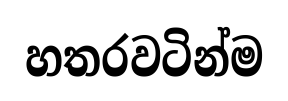
හතරවටින්ම